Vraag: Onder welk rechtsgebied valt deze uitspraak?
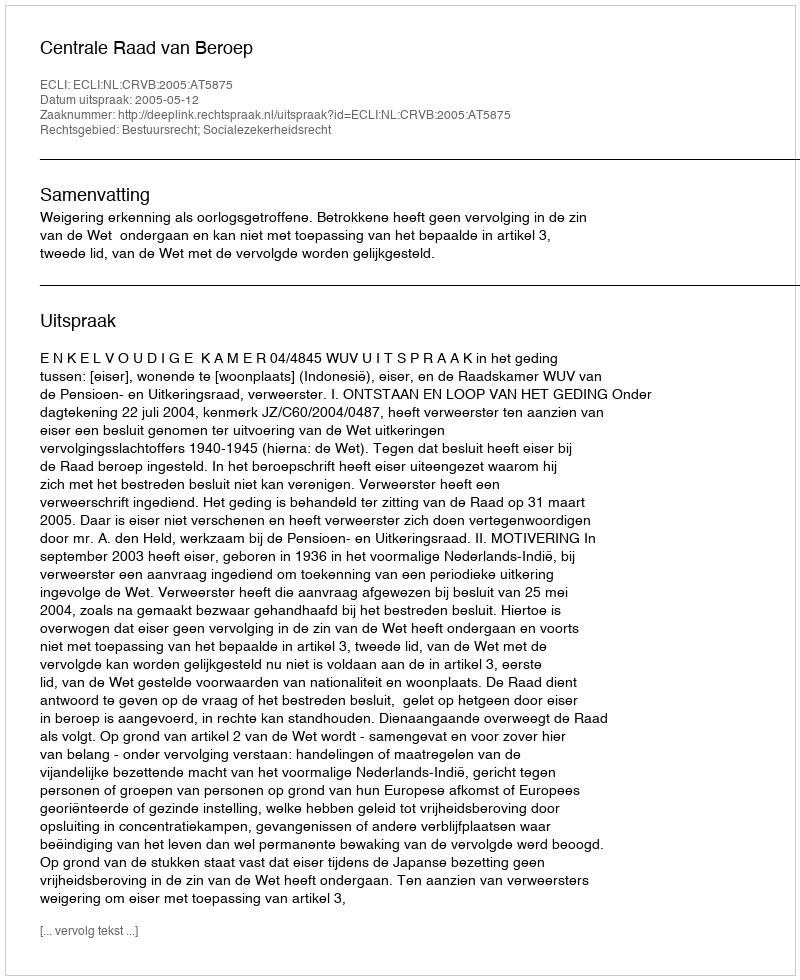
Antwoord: Bestuursrecht; Socialezekerheidsrecht